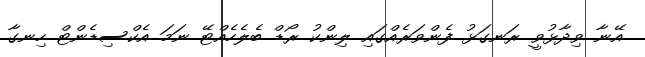
އޭނާ ވިދާޅުވީ ރަނގަޅު ފެންވަރެއްގައި ލިންކު ރޯޑް ބެލެހެއްޓޭ ނަމަ އެކްސިޑެންޓް ހިނގާ